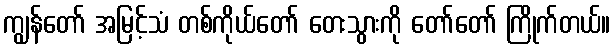
ကျွန်တော် အမြင့်သံ တစ်ကိုယ်တော် တေးသွားကို တော်တော် ကြိုက်တယ်။